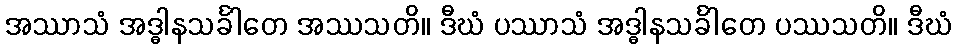
အဿာသံ အဒ္ဓါနသင်္ခါတေ အဿသတိ။ ဒီဃံ ပဿာသံ အဒ္ဓါနသင်္ခါတေ ပဿသတိ။ ဒီဃံ